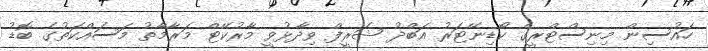
ހައުސިން މިނިސްޓްރީގެ ކޯޑިނޭޓަރު އަބްދު ޝަރީފް ވިދާޅުވީ މާރުކޭޓް މަރާމާތު މަސައްކަތުގެ ބޮޑު